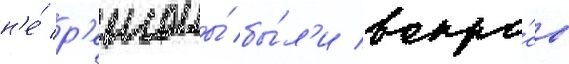
н'е́ р'ешены́ бы́л'и вопро́сы